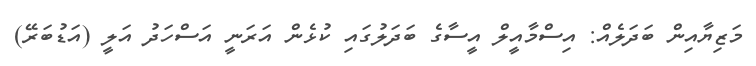
މަޒިޔާއިން ބަދަލެއް: އިސްމާއީލް އީސާގެ ބަދަލުގައި ކުޅެން އަރަނީ އަސްހަދު އަލީ (އަޑުބަރޭ)